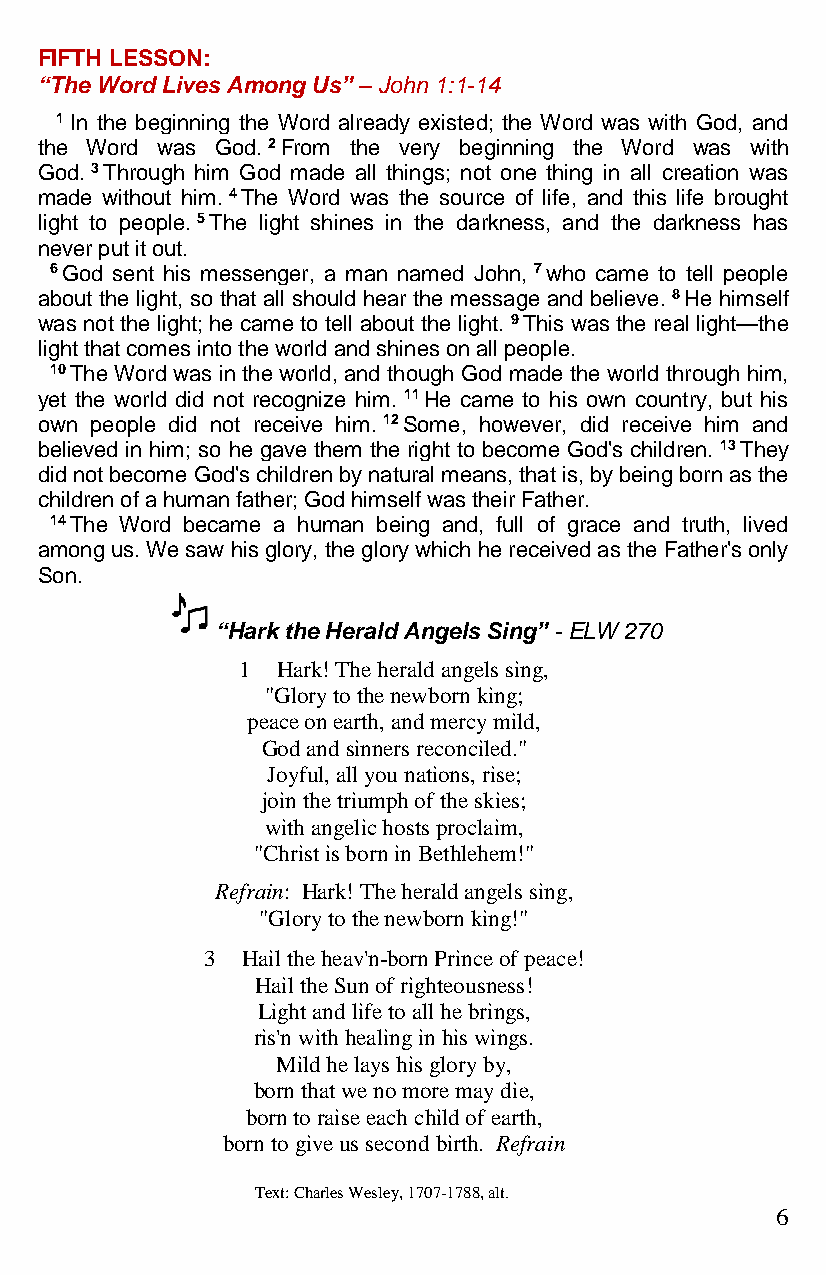
FIFTH LESSON:
 “The Word Lives Among Us” – John 1:1-14
 1 In the beginning the Word already existed; the Word was with God, and
 the Word was God. 2 From the very beginning the Word was with
 God. 3 Through him God made all things; not one thing in all creation was
 made without him. 4 The Word was the source of life, and this life brought
 light to people. 5 The light shines in the darkness, and the darkness has
 never put it out.
 6 God sent his messenger, a man named John, 7 who came to tell people
 about the light, so that all should hear the message and believe. 8 He himself
 was not the light; he came to tell about the light. 9 This was the real light—the
 light that comes into the world and shines on all people.
 10 The Word was in the world, and though God made the world through him,
 yet the world did not recognize him. 11 He came to his own country, but his
 own people did not receive him. 12 Some, however, did receive him and
 believed in him; so he gave them the right to become God's children. 13 They
 did not become God's children by natural means, that is, by being born as the
 children of a human father; God himself was their Father.
 14 The Word became a human being and, full of grace and truth, lived
 among us. We saw his glory, the glory which he received as the Father's only
 Son.
 “Hark the Herald Angels Sing” - ELW 270
 1 Hark! The herald angels sing,
 "Glory to the newborn king;
 peace on earth, and mercy mild,
 God and sinners reconciled."
 Joyful, all you nations, rise;
 join the triumph of the skies;
 with angelic hosts proclaim,
 "Christ is born in Bethlehem!"
 Refrain: Hark! The herald angels sing,
 "Glory to the newborn king!"
 3 Hail the heav'n-born Prince of peace!
 Hail the Sun of righteousness!
 Light and life to all he brings,
 ris'n with healing in his wings.
 Mild he lays his glory by,
 born that we no more may die,
 born to raise each child of earth,
 born to give us second birth. Refrain
 Text: Charles Wesley, 1707-1788, alt.
 6